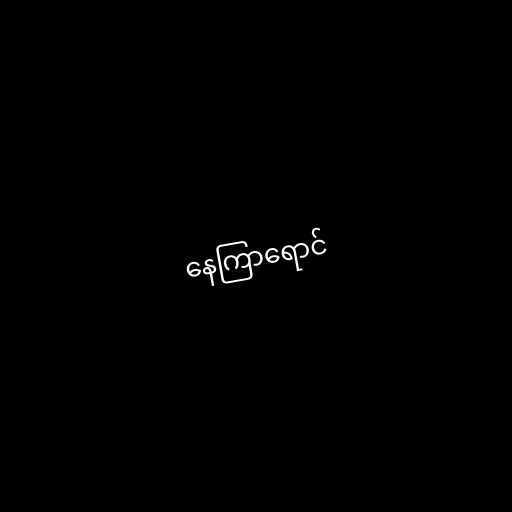
နေကြာရောင်